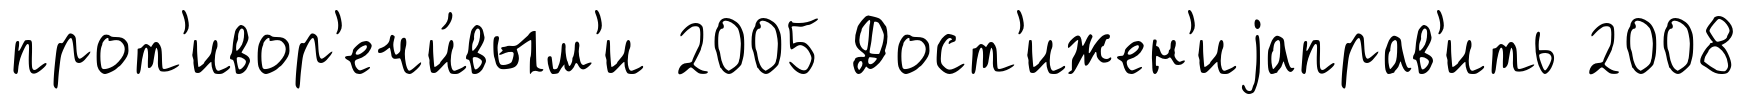
прот'ивор'ечи́вым'и 2005 Дост'ижен'иjаправ'ить 2008